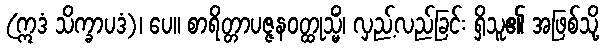
(ဣဒံ သိက္ခာပဒံ)၊ ပေ။ စာရိတ္တာပဇ္ဇနဝတ္ထုသ္မိံ၊ လှည့်လည်ခြင်း ရှိသူ၏ အဖြစ်သို့